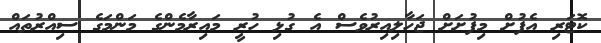
ކޮޓަރި އެފުށް މިފުށަށް ޖަހާލިއިރުވެސް އެ ގުޅި ހުރީ މައިރާމެންގެ މަންމަގެ ސިއްރުތައް